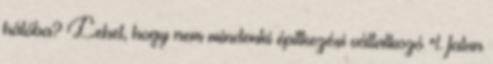
hálóba? Lehet, hogy nem mindenki építkezési vállalkozó "1. falun